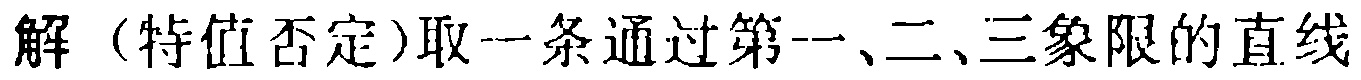
解（特值否定）取一条通过第一、二、三象限的直线